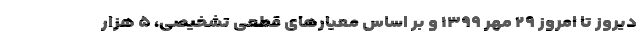
دیروز تا امروز ۲۹ مهر ۱۳۹۹ و بر اساس معیارهای قطعی تشخیصی، ۵ هزار